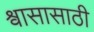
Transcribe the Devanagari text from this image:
श्वासासाठी